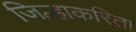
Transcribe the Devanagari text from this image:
जिल्हाकरिता